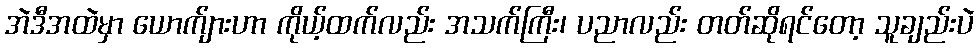
အဲဒီအထဲမှာ ယောက်ျားဟာ ကိုယ့်ထက်လည်း အသက်ကြီး၊ ပညာလည်း တတ်ဆိုရင်တော့ သူချည်းပဲ